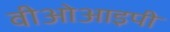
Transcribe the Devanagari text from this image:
वीओआइपी